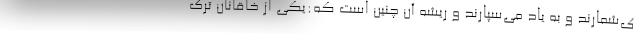
ی‌شمارند و به یاد می‌سپارند و ریشه آن چنین است که:یکی از خاقانان ترک